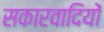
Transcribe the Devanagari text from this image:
सकारवादियों